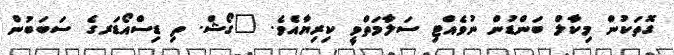
ގޮތަކުން މިކާލް ބަންޑުން ނުވެއްޓި ސަލާމަތްވީ ކިރިޔާއެވެ. "ގޯޝް. ތި ޑިސްއޯޑަރގެ ސަބަބުން